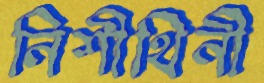
নিশীথিনী